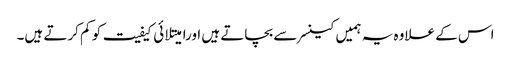
اس کے علاوہ یہ ہمیں کینسر سے بچاتے ہیں اورامیتلائی کیفیت کو کم کرتے ہیں۔